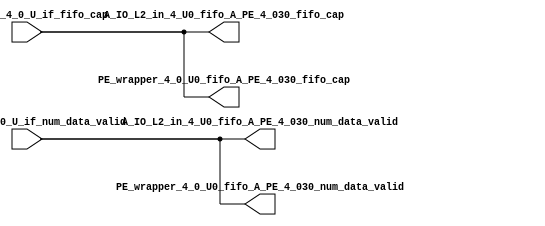
// ==================================================
// RTL generated by RapidStream
//
// Copyright 2024 RapidStream Design Automation, Inc.
// All Rights Reserved.
// ==================================================
`timescale 1 ns / 1 ps
module __rs_kernel3_aux_split_aux_15 #(
    parameter C_S_AXI_CONTROL_DATA_WIDTH  = 32,
    parameter C_S_AXI_CONTROL_ADDR_WIDTH  = 6,
    parameter C_S_AXI_DATA_WIDTH          = 32,
    parameter C_M_AXI_GMEM_A_ID_WIDTH     = 1,
    parameter C_M_AXI_GMEM_A_ADDR_WIDTH   = 64,
    parameter C_M_AXI_GMEM_A_DATA_WIDTH   = 512,
    parameter C_M_AXI_GMEM_A_AWUSER_WIDTH = 1,
    parameter C_M_AXI_GMEM_A_ARUSER_WIDTH = 1,
    parameter C_M_AXI_GMEM_A_WUSER_WIDTH  = 1,
    parameter C_M_AXI_GMEM_A_RUSER_WIDTH  = 1,
    parameter C_M_AXI_GMEM_A_BUSER_WIDTH  = 1,
    parameter C_M_AXI_GMEM_A_USER_VALUE   = 0,
    parameter C_M_AXI_GMEM_A_PROT_VALUE   = 0,
    parameter C_M_AXI_GMEM_A_CACHE_VALUE  = 3,
    parameter C_M_AXI_DATA_WIDTH          = 32,
    parameter C_M_AXI_GMEM_B_ID_WIDTH     = 1,
    parameter C_M_AXI_GMEM_B_ADDR_WIDTH   = 64,
    parameter C_M_AXI_GMEM_B_DATA_WIDTH   = 512,
    parameter C_M_AXI_GMEM_B_AWUSER_WIDTH = 1,
    parameter C_M_AXI_GMEM_B_ARUSER_WIDTH = 1,
    parameter C_M_AXI_GMEM_B_WUSER_WIDTH  = 1,
    parameter C_M_AXI_GMEM_B_RUSER_WIDTH  = 1,
    parameter C_M_AXI_GMEM_B_BUSER_WIDTH  = 1,
    parameter C_M_AXI_GMEM_B_USER_VALUE   = 0,
    parameter C_M_AXI_GMEM_B_PROT_VALUE   = 0,
    parameter C_M_AXI_GMEM_B_CACHE_VALUE  = 3,
    parameter C_M_AXI_GMEM_C_ID_WIDTH     = 1,
    parameter C_M_AXI_GMEM_C_ADDR_WIDTH   = 64,
    parameter C_M_AXI_GMEM_C_DATA_WIDTH   = 512,
    parameter C_M_AXI_GMEM_C_AWUSER_WIDTH = 1,
    parameter C_M_AXI_GMEM_C_ARUSER_WIDTH = 1,
    parameter C_M_AXI_GMEM_C_WUSER_WIDTH  = 1,
    parameter C_M_AXI_GMEM_C_RUSER_WIDTH  = 1,
    parameter C_M_AXI_GMEM_C_BUSER_WIDTH  = 1,
    parameter C_M_AXI_GMEM_C_USER_VALUE   = 0,
    parameter C_M_AXI_GMEM_C_PROT_VALUE   = 0,
    parameter C_M_AXI_GMEM_C_CACHE_VALUE  = 3,
    parameter C_S_AXI_CONTROL_WSTRB_WIDTH = 4,
    parameter C_S_AXI_WSTRB_WIDTH         = 4,
    parameter C_M_AXI_GMEM_A_WSTRB_WIDTH  = 64,
    parameter C_M_AXI_WSTRB_WIDTH         = 4,
    parameter C_M_AXI_GMEM_B_WSTRB_WIDTH  = 64,
    parameter C_M_AXI_GMEM_C_WSTRB_WIDTH  = 64
) (
    output wire [1:0] A_IO_L2_in_4_U0_fifo_A_PE_4_030_fifo_cap,
    output wire [1:0] A_IO_L2_in_4_U0_fifo_A_PE_4_030_num_data_valid,
    output wire [1:0] PE_wrapper_4_0_U0_fifo_A_PE_4_030_fifo_cap,
    output wire [1:0] PE_wrapper_4_0_U0_fifo_A_PE_4_030_num_data_valid,
    input wire  [1:0] fifo_A_PE_4_0_U_if_fifo_cap,
    input wire  [1:0] fifo_A_PE_4_0_U_if_num_data_valid
);
assign A_IO_L2_in_4_U0_fifo_A_PE_4_030_fifo_cap = fifo_A_PE_4_0_U_if_fifo_cap;
assign A_IO_L2_in_4_U0_fifo_A_PE_4_030_num_data_valid = fifo_A_PE_4_0_U_if_num_data_valid;
assign PE_wrapper_4_0_U0_fifo_A_PE_4_030_fifo_cap = fifo_A_PE_4_0_U_if_fifo_cap;
assign PE_wrapper_4_0_U0_fifo_A_PE_4_030_num_data_valid = fifo_A_PE_4_0_U_if_num_data_valid;
endmodule